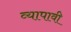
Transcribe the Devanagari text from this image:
व्यापावी